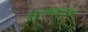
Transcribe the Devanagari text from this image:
गुर्जनवाला